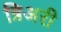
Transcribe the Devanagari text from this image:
त्रिअरी